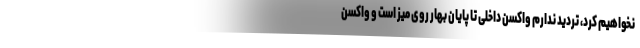
نخواهیم کرد، تردید ندارم واکسن داخلی تا پایان بهار روی میز است و واکسن